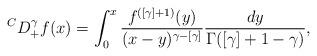
LaTeX: \begin{align*} {}^CD^{\gamma}_{+}f(x)=\int_0^x\frac{f^{([\gamma]+1)}(y)}{(x-y)^{\gamma-[\gamma]}}\frac{dy}{\Gamma([\gamma]+1-\gamma)},\end{align*}